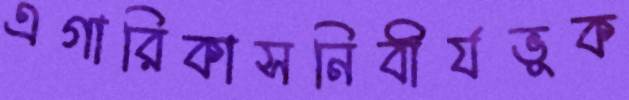
এগারিকাসনিবীর্যভূক